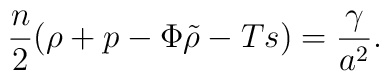
{n\over 2}(\rho + p - {\Phi \tilde \rho} - Ts)  = {\gamma\over{a^2}}.